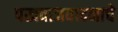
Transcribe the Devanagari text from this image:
पखवाजवादनाचे